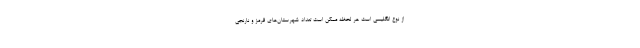
از نوع انگلیسی است هر لحظه ممکن است تعداد شهرستان‌های قرمز و نارنجی